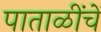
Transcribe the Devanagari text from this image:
पाताळींचें